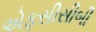
એફસીસીબી